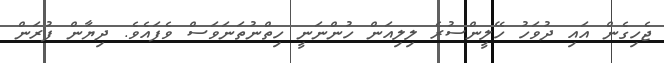
ޖެހިގެން އައި ދުވަހު ހޭލީންސުރެ ލިލިއަން ހުންނަނީ ހިތްނުތަނަވަސް ވެފައެވެ. ދިޔާން ފުރަން